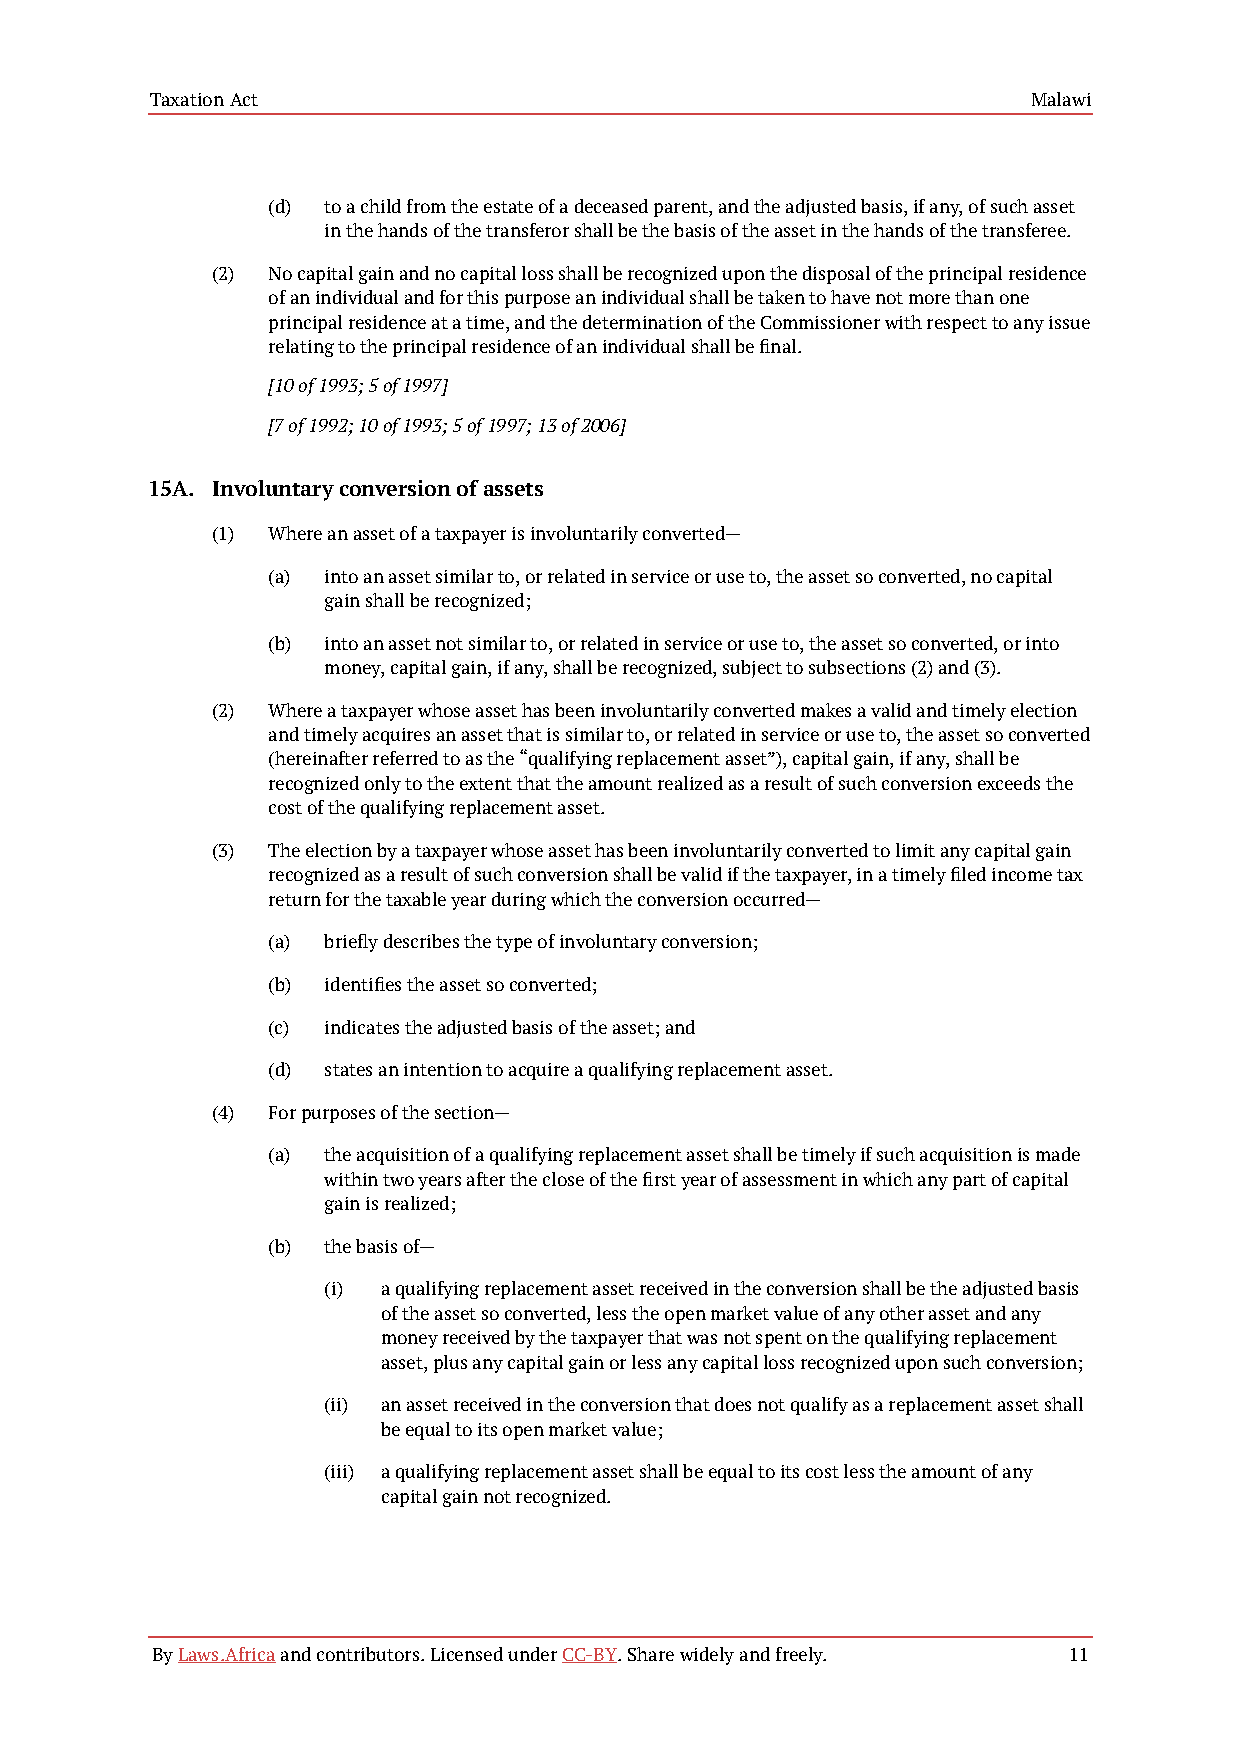
Taxation Act                                              Malawi
 (d) to a child from the estate of a deceased parent, and the adjusted basis, if any, of such asset
 in the hands of the transferor shall be the basis of the asset in the hands of the transferee.
 (2) No capital gain and no capital loss shall be recognized upon the disposal of the principal residence
 of an individual and for this purpose an individual shall be taken to have not more than one
 principal residence at a time, and the determination of the Commissioner with respect to any issue
 relating to the principal residence of an individual shall be final.
 [10 of 1993; 5 of 1997]
 [7 of 1992; 10 of 1993; 5 of 1997; 13 of 2006]
 15A. Involuntary conversion of assets
 (1) Where an asset of a taxpayer is involuntarily converted—
 (a) into an asset similar to, or related in service or use to, the asset so converted, no capital
 gain shall be recognized;
 (b) into an asset not similar to, or related in service or use to, the asset so converted, or into
 money, capital gain, if any, shall be recognized, subject to subsections (2) and (3).
 (2) Where a taxpayer whose asset has been involuntarily converted makes a valid and timely election
 and timely acquires an asset that is similar to, or related in service or use to, the asset so converted
 (hereinafter referred to as the “qualifying replacement asset”), capital gain, if any, shall be
 recognized only to the extent that the amount realized as a result of such conversion exceeds the
 cost of the qualifying replacement asset.
 (3) The election by a taxpayer whose asset has been involuntarily converted to limit any capital gain
 recognized as a result of such conversion shall be valid if the taxpayer, in a timely filed income tax
 return for the taxable year during which the conversion occurred—
 (a) briefly describes the type of involuntary conversion;
 (b) identifies the asset so converted;
 (c) indicates the adjusted basis of the asset; and
 (d) states an intention to acquire a qualifying replacement asset.
 (4) For purposes of the section—
 (a) the acquisition of a qualifying replacement asset shall be timely if such acquisition is made
 within two years after the close of the first year of assessment in which any part of capital
 gain is realized;
 (b) the basis of—
 (i) a qualifying replacement asset received in the conversion shall be the adjusted basis
 of the asset so converted, less the open market value of any other asset and any
 money received by the taxpayer that was not spent on the qualifying replacement
 asset, plus any capital gain or less any capital loss recognized upon such conversion;
 (ii) an asset received in the conversion that does not qualify as a replacement asset shall
 be equal to its open market value;
 (iii) a qualifying replacement asset shall be equal to its cost less the amount of any
 capital gain not recognized.
 By Laws.Africa and contributors. Licensed under CC-BY. Share widely and freely. 11